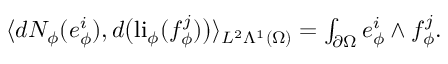
\begin{array} { r } { \langle d N _ { \phi } ( e _ { \phi } ^ { i } ) , d \big ( \mathrm { l i } _ { \phi } ( f _ { \phi } ^ { j } ) \big ) \rangle _ { L ^ { 2 } \Lambda ^ { 1 } ( \Omega ) } = \int _ { \partial \Omega } e _ { \phi } ^ { i } \wedge f _ { \phi } ^ { j } . } \end{array}